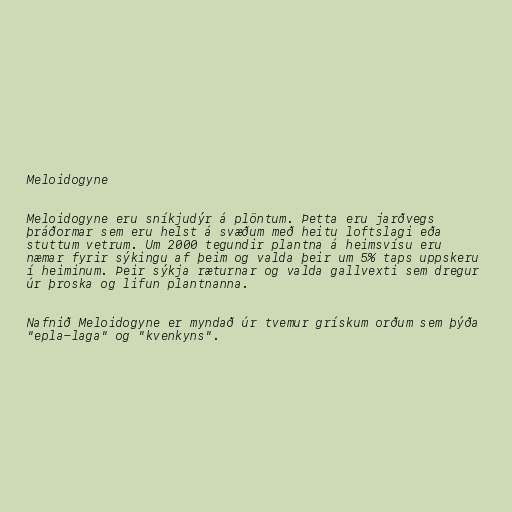
Meloidogyne

Meloidogyne eru sníkjudýr á plöntum. Þetta eru jarðvegs
þráðormar sem eru helst á svæðum með heitu loftslagi eða
stuttum vetrum. Um 2000 tegundir plantna á heimsvísu eru
næmar fyrir sýkingu af þeim og valda þeir um 5% taps uppskeru
í heiminum. Þeir sýkja ræturnar og valda gallvexti sem dregur
úr þroska og lifun plantnanna.

Nafnið Meloidogyne er myndað úr tvemur grískum orðum sem þýða
"epla-laga" og "kvenkyns".